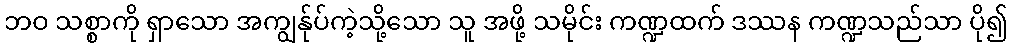
ဘဝ သစ္စာကို ရှာသော အကျွန်ုပ်ကဲ့သို့သော သူ အဖို့ သမိုင်း ကဏ္ဍထက် ဒဿန ကဏ္ဍသည်သာ ပို၍